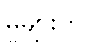
မှုများတွင်